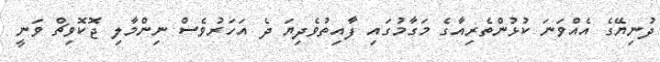
ދުނިޔޭގެ އެއްވަނަ ކުޅުންތެރިއާގެ މަގާމުގައި ފާއިތުވެދިޔަ ދެ އަަހަރުވެސް ނިންމާލި ޖޮކޮވިޗް ވަނީ